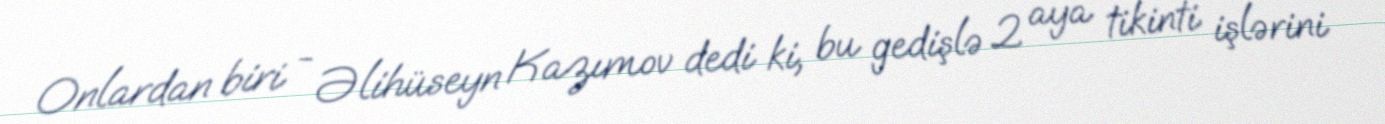
Onlardan biri - Əlihüseyn Kazımov dedi ki, bu gedişlə 2 aya tikinti işlərini